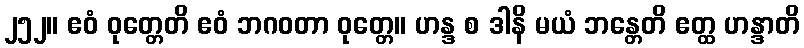
၂၅၂။ ဧဝံ ဝုတ္တေတိ ဧဝံ ဘဂဝတာ ဝုတ္တေ။ ဟန္ဒ စ ဒါနိ မယံ ဘန္တေတိ ဧတ္ထ ဟန္ဒာတိ